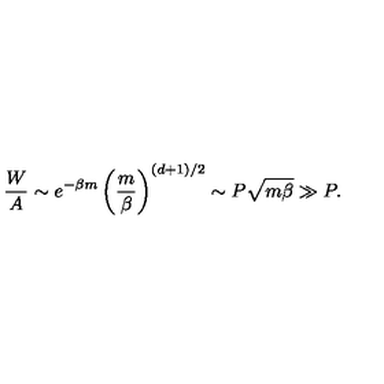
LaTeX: \frac { W } { A } \sim e ^ { - \beta m } \left( \frac { m } { \beta } \right) ^ { ( d + 1 ) / 2 } \sim P { \sqrt { m \beta } } \gg P .